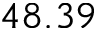
4 8 . 3 9